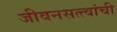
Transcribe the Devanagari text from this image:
जीवनसत्त्वांची